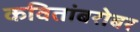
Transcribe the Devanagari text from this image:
कवितांबरोबर